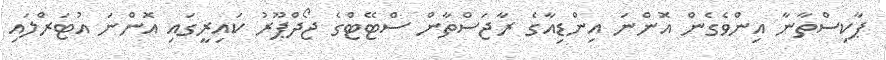
ޕާކިސްތާނާ އިންވެގެން އޮންނަ އިންޑިއާގެ ރާޖަސްތާން ސްޓޭޓްގެ ޖޯދްޕޫރު ކައިރީގައި އޮންނަ އުޓަރްލައި